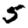
Digit: 5